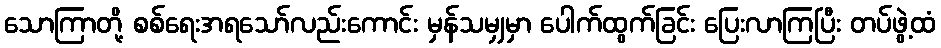
သောကြာတို့ စစ်ရေးအရသော်လည်းကောင်း မှန်သမျှမှာ ပေါက်ထွက်ခြင်း ပြေးလာကြပြီး တပ်ဖွဲ့ထံ